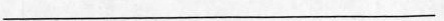
___